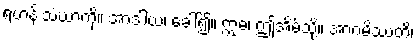
ရဟန်းသံဃာကို။ အာဒါယ၊ ခေါ်၍။ ဣဓ၊ ဤအိမ်သို့။ အာဂမိဿတိ၊